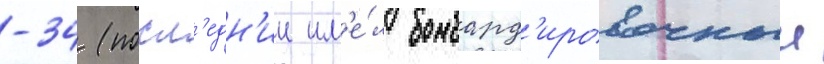
-34 (посл'едн'ии им'е́л бомбард'ировочныи